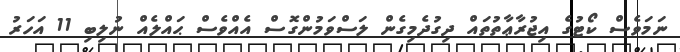
ނަމަވެސް ކޯޓުގެ އިޖުރާޢާތުތައް ދިގުދެމިގެން ލަސްވަމުންގޮސް އެއްވެސް ޙައްލެއް ނުލިބި 11 އަހަރު